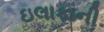
ઇલાકાની